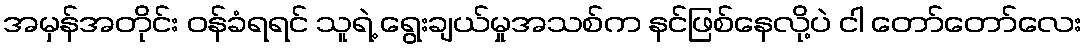
အမှန်အတိုင်း ဝန်ခံရရင် သူရဲ့ ရွေးချယ်မှုအသစ်က နင်ဖြစ်နေလို့ပဲ ငါ တော်တော်လေး